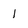
Character: 1